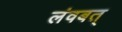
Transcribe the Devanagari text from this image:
लंवबत्‌